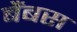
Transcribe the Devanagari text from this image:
बैंबस